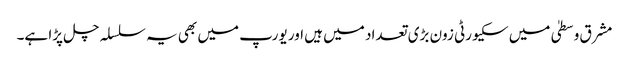
مشرق وسطیٰ میں سکیورٹی زون بڑی تعداد میں ہیں اور یورپ میں بھی یہ سلسلہ چل پڑا ہے۔